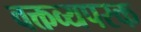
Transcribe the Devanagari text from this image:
वक्तव्यपरक